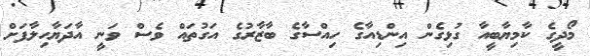
މޯދީގެ ކާމިޔާބީއާ ގުޅިގެން އިންޑިއާގެ ހިއްސާގެ ބާޒާރުގެ އަގުތައް ވެސް ވަނީ އާދަޔާހިލާފަށް